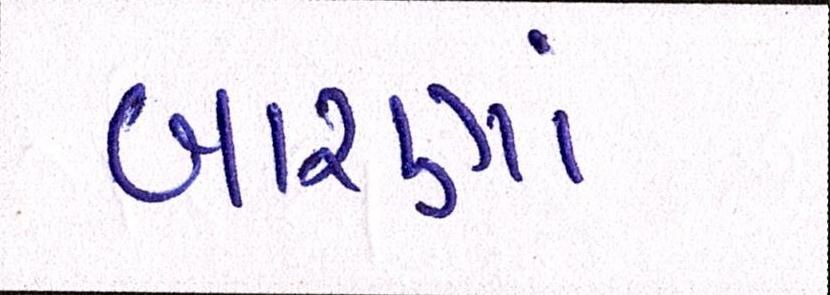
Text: બારણાં